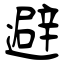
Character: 避